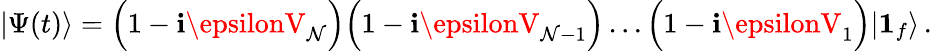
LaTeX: |\Psi(t)\rangle=\Bigl(1-\mathbf{i}\epsilonV_{\mathcal{N}}\Bigr)\Bigl(1-\mathbf{i}\epsilonV_{\mathcal{N}-1}\Bigr)\dots\Bigl(1-\mathbf{i}\epsilonV_{1}\Bigr)|{\boldsymbol1}_{f}\rangle\, .